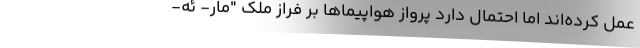
عمل کرده‌اند اما احتمال دارد پرواز هواپیماها بر فراز ملک "مار- ئه-